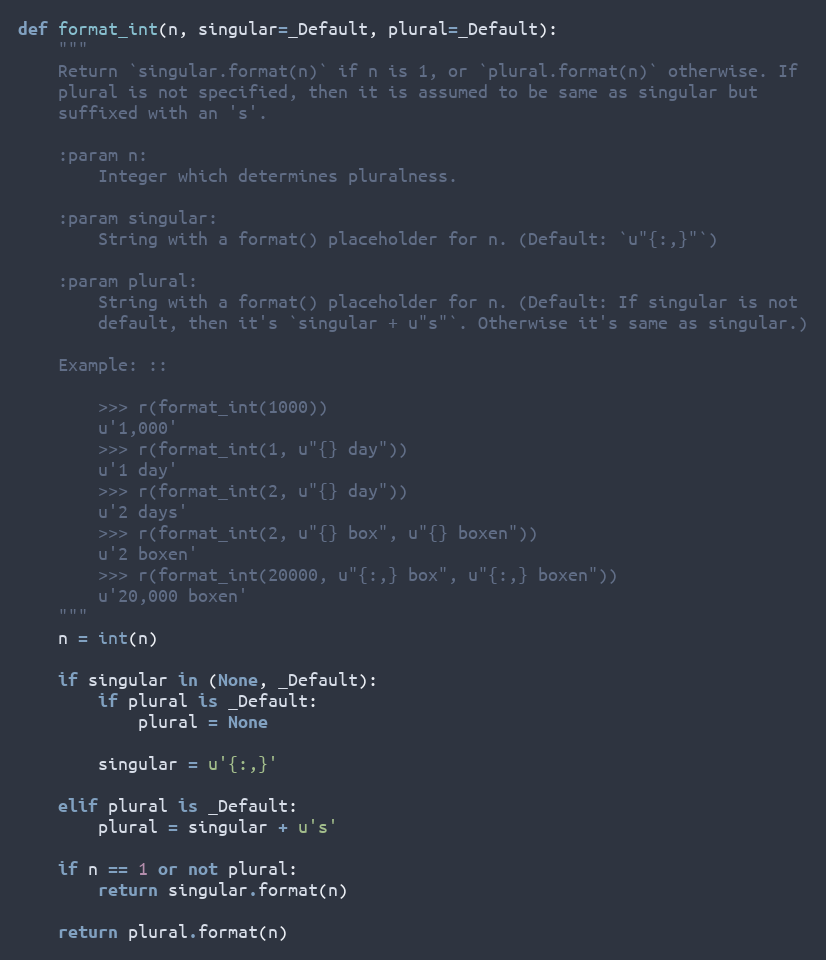
Language: Python
def format_int(n, singular=_Default, plural=_Default):
    """
    Return `singular.format(n)` if n is 1, or `plural.format(n)` otherwise. If
    plural is not specified, then it is assumed to be same as singular but
    suffixed with an 's'.

    :param n:
        Integer which determines pluralness.

    :param singular:
        String with a format() placeholder for n. (Default: `u"{:,}"`)

    :param plural:
        String with a format() placeholder for n. (Default: If singular is not
        default, then it's `singular + u"s"`. Otherwise it's same as singular.)

    Example: ::

        >>> r(format_int(1000))
        u'1,000'
        >>> r(format_int(1, u"{} day"))
        u'1 day'
        >>> r(format_int(2, u"{} day"))
        u'2 days'
        >>> r(format_int(2, u"{} box", u"{} boxen"))
        u'2 boxen'
        >>> r(format_int(20000, u"{:,} box", u"{:,} boxen"))
        u'20,000 boxen'
    """
    n = int(n)

    if singular in (None, _Default):
        if plural is _Default:
            plural = None

        singular = u'{:,}'

    elif plural is _Default:
        plural = singular + u's'

    if n == 1 or not plural:
        return singular.format(n)

    return plural.format(n)